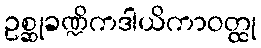
ဥစ္ဆုခဏ္ဍိကဒါယိကာဝတ္ထု